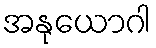
အနုယောဂါ